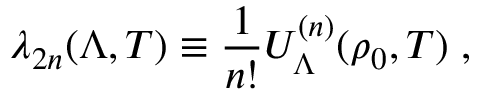
\lambda _ { 2 n } ( \Lambda , T ) \equiv \frac { 1 } { n ! } U _ { \Lambda } ^ { ( n ) } ( \rho _ { 0 } , T ) \; ,